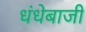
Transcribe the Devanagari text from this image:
धंधेबाजी